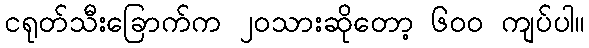
ငရုတ်သီးခြောက်က ၂၀သားဆိုတော့ ၆၀၀ ကျပ်ပါ။